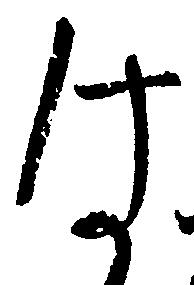
は